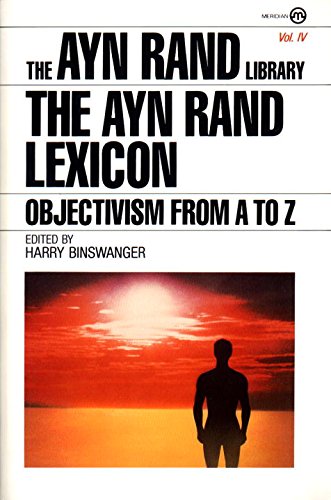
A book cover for The Ayn Rand Lexicon: Objectivism from A to Z (Ayn Rand Library); Ayn Rand; Politics & Social Sciences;